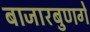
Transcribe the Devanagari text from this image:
बाजारबुणगे